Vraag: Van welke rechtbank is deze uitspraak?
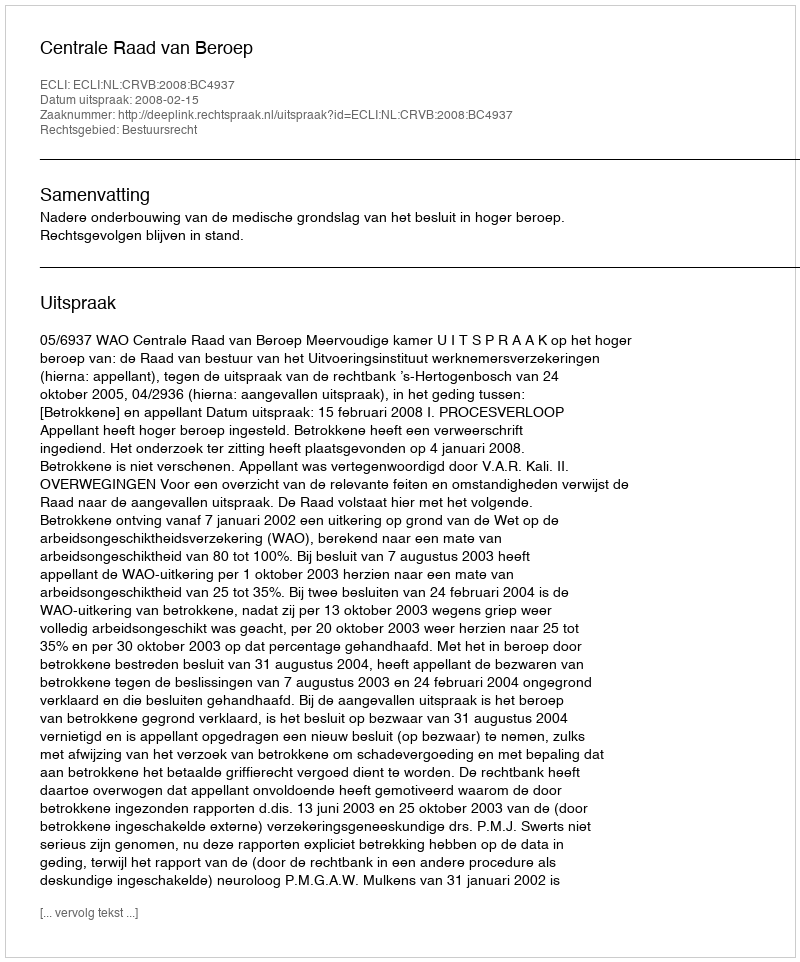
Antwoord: Centrale Raad van Beroep